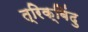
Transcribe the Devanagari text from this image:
त्रिक्बिंदु